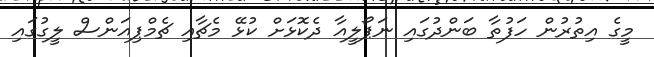
މީގެ އިތުރުން ހަފުތާ ބަންދުގައި ނަޕޯލީއާ ދެކޮޅަށް ކުޅޭ މެޗާއި ޗެމްޕިއަންސް ލީގުގައި